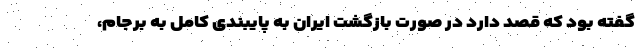
گفته بود که قصد دارد در صورت بازگشت ایران به پایبندی کامل به برجام،